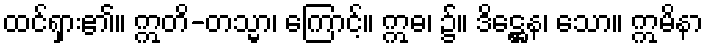
ထင်ရှား၏။ ဣတိ-တသ္မာ၊ ကြောင့်။ ဣဓ၊ ၌။ ဒိဋ္ဌေန၊ သော။ ဣမိနာ